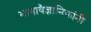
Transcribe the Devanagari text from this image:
भाषावैज्ञानिकांनी